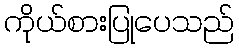
ကိုယ်စားပြုပေသည်